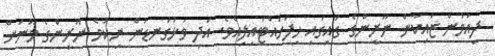
ދިއުމުން ޒައިކާން ނޫރީންގެ ގައިގައި ހިފަހައްޓައިލިއެވެ. އަދި ވަޅުގަނޑުން ނިކުމެ ނޫރީންގެ މޫނަށް